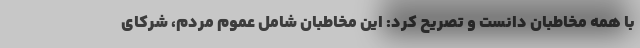
با همه مخاطبان دانست و تصریح کرد: این مخاطبان شامل عموم مردم، شرکای